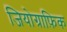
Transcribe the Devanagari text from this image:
जियोग्राफ़िक